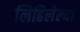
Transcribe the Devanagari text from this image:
लिहिलेल्‍या